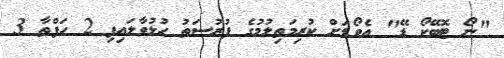
"ނޯ ޓޮބޭކޯ ޑޭ" އެވޯޑަށް ކުރިމަތިލުމުގެ ފުރުސަތު ހުޅުވާލައިފި 2 ހަފްތާ 3